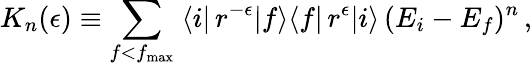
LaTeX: K_{n}(\epsilon)\equiv\sum_{f<f_{\mathrm{max}}}\; \langle i|\, r^{-\epsilon}|f\rangle\langle f|\, r^{\epsilon}|i\rangle\, (E_{i}-E_{f})^{n}\, ,